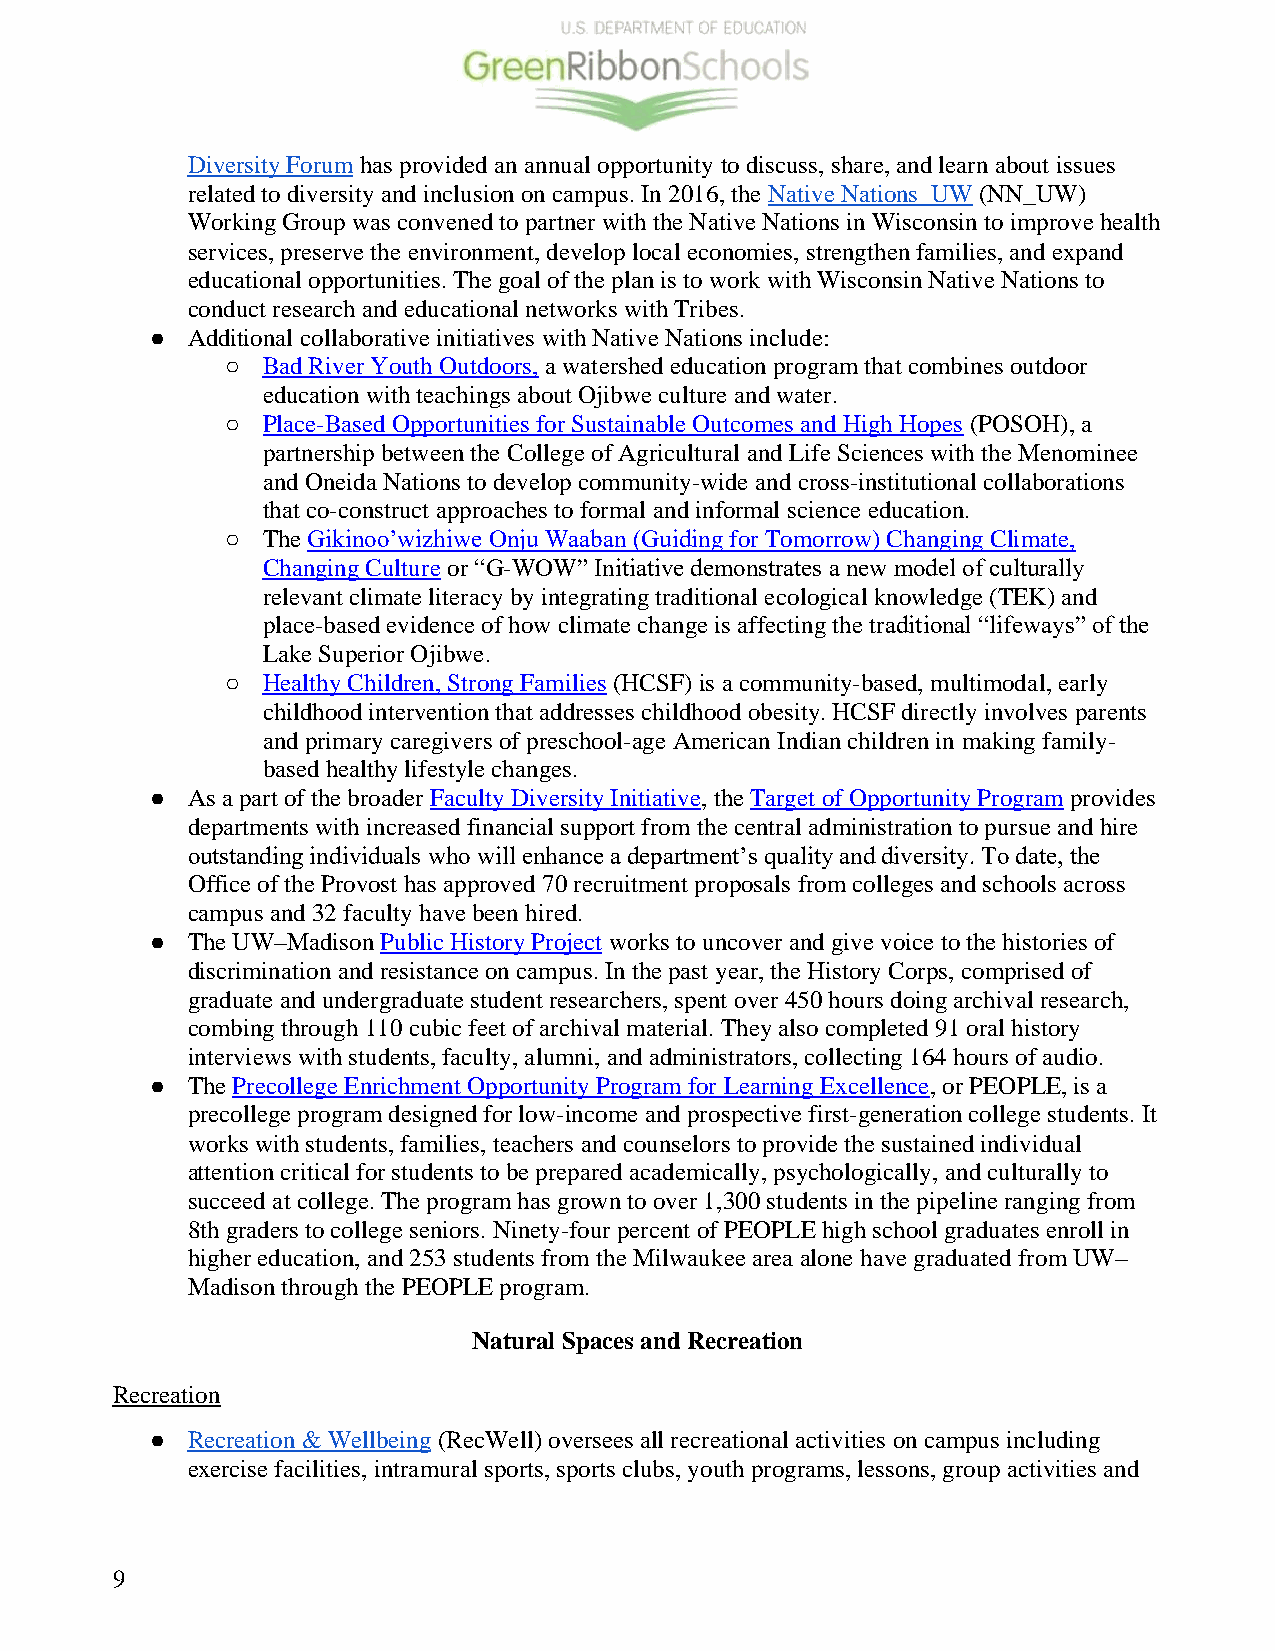
Diversity Forum has provided an annual opportunity to discuss, share, and learn about issues
 related to diversity and inclusion on campus. In 2016, the Native Nations_UW (NN_UW)
 Working Group was convened to partner with the Native Nations in Wisconsin to improve health
 services, preserve the environment, develop local economies, strengthen families, and expand
 educational opportunities. The goal of the plan is to work with Wisconsin Native Nations to
 conduct research and educational networks with Tribes.
 ● Additional collaborative initiatives with Native Nations include:
 ○ Bad River Youth Outdoors, a watershed education program that combines outdoor
 education with teachings about Ojibwe culture and water.
 ○ Place-Based Opportunities for Sustainable Outcomes and High Hopes (POSOH), a
 partnership between the College of Agricultural and Life Sciences with the Menominee
 and Oneida Nations to develop community-wide and cross-institutional collaborations
 that co-construct approaches to formal and informal science education.
 ○ The Gikinoo’wizhiwe Onju Waaban (Guiding for Tomorrow) Changing Climate,
 Changing Culture or “G-WOW” Initiative demonstrates a new model of culturally
 relevant climate literacy by integrating traditional ecological knowledge (TEK) and
 place-based evidence of how climate change is affecting the traditional “lifeways” of the
 Lake Superior Ojibwe.
 ○ Healthy Children, Strong Families (HCSF) is a community-based, multimodal, early
 childhood intervention that addresses childhood obesity. HCSF directly involves parents
 and primary caregivers of preschool-age American Indian children in making family-
 based healthy lifestyle changes.
 ● As a part of the broader Faculty Diversity Initiative, the Target of Opportunity Program provides
 departments with increased financial support from the central administration to pursue and hire
 outstanding individuals who will enhance a department’s quality and diversity. To date, the
 Office of the Provost has approved 70 recruitment proposals from colleges and schools across
 campus and 32 faculty have been hired.
 ● The UW–Madison Public History Project works to uncover and give voice to the histories of
 discrimination and resistance on campus. In the past year, the History Corps, comprised of
 graduate and undergraduate student researchers, spent over 450 hours doing archival research,
 combing through 110 cubic feet of archival material. They also completed 91 oral history
 interviews with students, faculty, alumni, and administrators, collecting 164 hours of audio.
 ● The Precollege Enrichment Opportunity Program for Learning Excellence, or PEOPLE, is a
 precollege program designed for low-income and prospective first-generation college students. It
 works with students, families, teachers and counselors to provide the sustained individual
 attention critical for students to be prepared academically, psychologically, and culturally to
 succeed at college. The program has grown to over 1,300 students in the pipeline ranging from
 8th graders to college seniors. Ninety-four percent of PEOPLE high school graduates enroll in
 higher education, and 253 students from the Milwaukee area alone have graduated from UW–
 Madison through the PEOPLE program.
 Natural Spaces and Recreation
 Recreation
 ● Recreation & Wellbeing (RecWell) oversees all recreational activities on campus including
 exercise facilities, intramural sports, sports clubs, youth programs, lessons, group activities and
 9